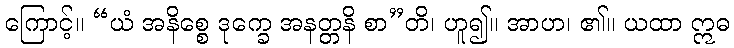
ကြောင့်။ “ယံ အနိစ္စေ ဒုက္ခေ အနတ္တနိ စာ”တိ၊ ဟူ၍။ အာဟ၊ ၏။ ယထာ ဣဓ